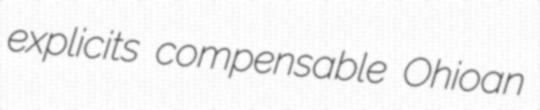
explicits compensable Ohioan